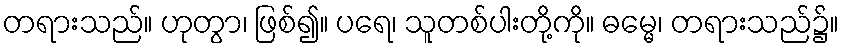
တရားသည်။ ဟုတွာ၊ ဖြစ်၍။ ပရေ၊ သူတစ်ပါးတို့ကို။ ဓမ္မေ၊ တရားသည်၌။